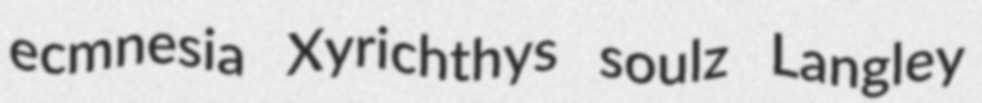
ecmnesia Xyrichthys soulz Langley